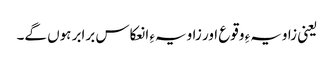
یعنی زاویہءِ وقوع اور زاویہءِ انعکاس برابر ہوں گے۔